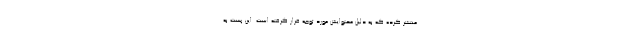
منتشر کرده که به دلیل محتوایش مورد توجه قرار گرفته است. این پست به